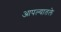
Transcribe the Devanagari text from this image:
आपल्यातले